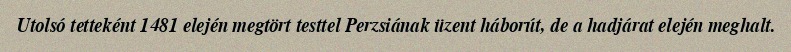
Utolsó tetteként 1481 elején megtört testtel Perzsiának üzent háborút, de a hadjárat elején meghalt.